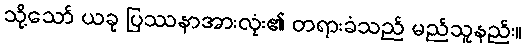
သို့သော် ယခု ပြဿနာအားလုံး၏ တရားခံသည် မည်သူနည်း။